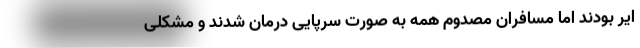
ایر بودند اما مسافران مصدوم همه به صورت سرپایی درمان شدند و مشکلی